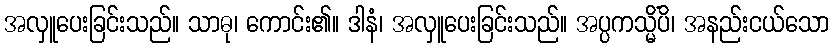
အလှူပေးခြင်းသည်။ သာဓု၊ ကောင်း၏။ ဒါနံ၊ အလှူပေးခြင်းသည်။ အပ္ပကသ္မိံပိ၊ အနည်းငယ်သော